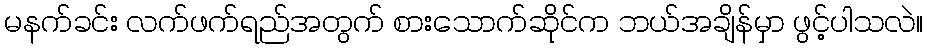
မနက်ခင်း လက်ဖက်ရည်အတွက် စားသောက်ဆိုင်က ဘယ်အချိန်မှာ ဖွင့်ပါသလဲ။